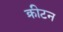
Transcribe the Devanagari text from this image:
क्रीटन